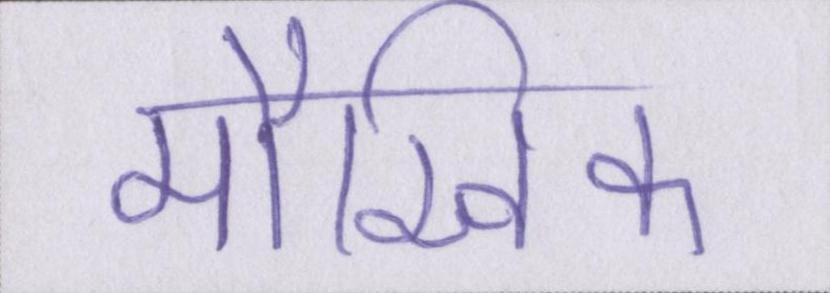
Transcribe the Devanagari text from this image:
मौखिक